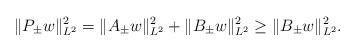
LaTeX: \begin{align*}\|P_\pm w\|^2_{L^2} = \|A_\pm w\|^2_{L^2} + \|B_\pm w\|^2_{L^2} \geq \|B_\pm w\|^2_{L^2}.\end{align*}